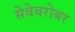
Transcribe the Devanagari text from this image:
सेवेबरोबर